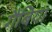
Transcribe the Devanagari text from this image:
गैबिया